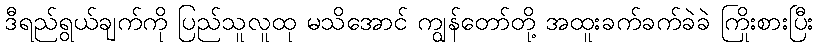
ဒီရည်ရွယ်ချက်ကို ပြည်သူလူထု မသိအောင် ကျွန်တော်တို့ အထူးခက်ခက်ခဲခဲ ကြိုးစားပြီး